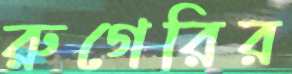
রুগেরির